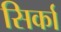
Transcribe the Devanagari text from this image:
सिर्का